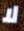
لا